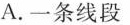
A.一条线段